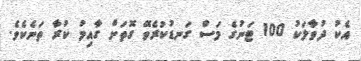
އެކު ދުވާލަކު 100 ޓަނުގެ މަސް ގަނޑުކުރެވޭ ގޮތަށް ގާއިމު ކުރާ ތަނެކެވެ.